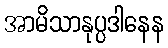
အာမိသာနုပ္ပဒါနေန